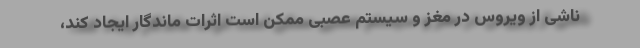
ناشی از ویروس در مغز و سیستم عصبی ممکن است اثرات ماندگار ایجاد کند،